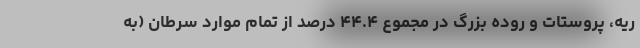
ریه، پروستات و روده بزرگ در مجموع ۴۴.۴ درصد از تمام موارد سرطان (به